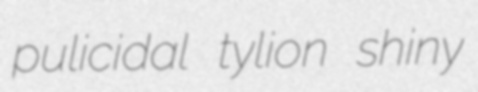
pulicidal tylion shiny